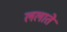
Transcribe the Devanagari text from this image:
ललाते